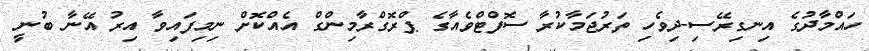
ހައްމާދުގެ އިނގިރޭސި-ދިވެހި ތަރުޖަމާކުރާ ސޮފްޓްވެއާގެ ޕްރޮގްރާމިންގް އެއްކޮށް ނިމިފައިވާ އިރު އޭނާ ބުނީ